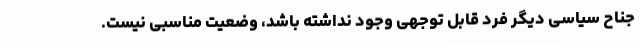
جناح سیاسی دیگر فرد قابل توجهی وجود نداشته باشد، وضعیت مناسبی نیست.